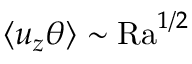
\left\langle u _ { z } \theta \right\rangle \sim \mathrm { R a } ^ { 1 / 2 }